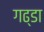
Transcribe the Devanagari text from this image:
गढ्‌डा